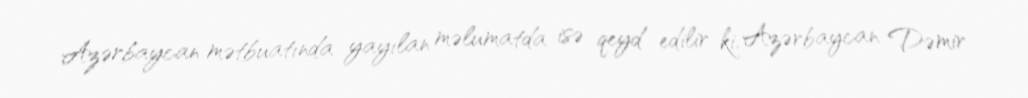
Azərbaycan mətbuatında yayılan məlumatda isə qeyd edilir ki, Azərbaycan Dəmir